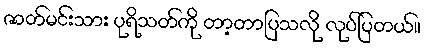
ဇာတ်မင်းသား ပုရိသတ်ကို တာ့တာပြသလို လုပ်ပြတယ်။